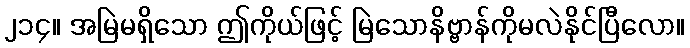
၂၁၄။ အမြဲမရှိသော ဤကိုယ်ဖြင့် မြဲသောနိဗ္ဗာန်ကိုမလဲနိုင်ပြီလော။